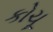
કોચૂ